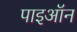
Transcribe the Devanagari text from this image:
पाइऑन